Civil Veterinary Department Bihar & Orissa reports 1922-29 - 1922-1929
Year: 1922
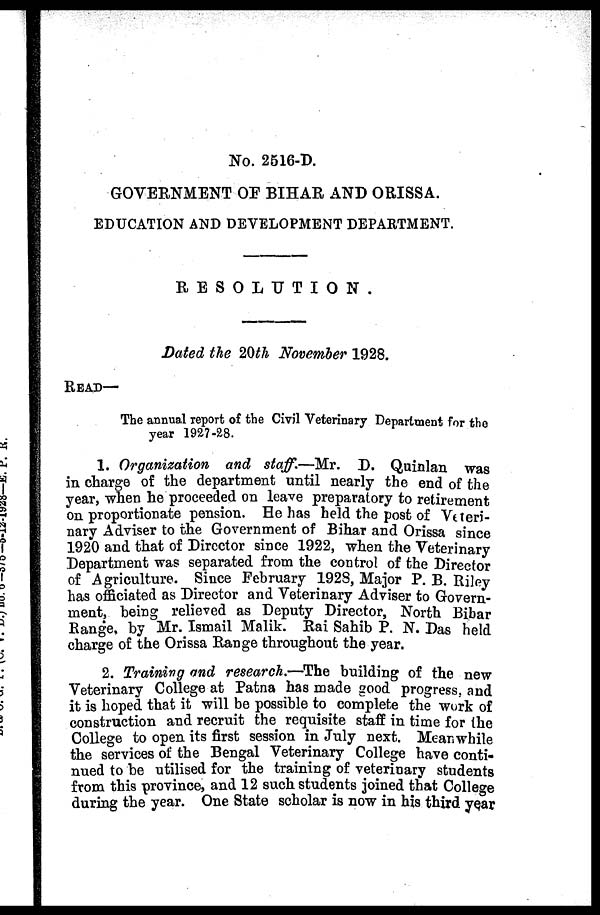
No. 2516-D.
GOVERNMENT OF BIHAR AND ORISSA.
EDUCATION AND DEVELOPMENT DEPARTMENT.
RESOLUTION.
Dated the 2th November 1928.
READ—
The annual report of the Civil Veterinary Department for the
year 1927-28.
1. Organization and staff.—Mr. D. Quinlan was
in charge of the department until nearly the end of the
year, when he proceeded on leave preparatory to retirement
on proportionate pension. He has held the post of Veteri-
nary Adviser to the Government of Bihar and Orissa since
1920 and that of Director since 1922, when the Veterinary
Department was separated from the control of the Director
of Agriculture. Since February 1928, Major P. B. Riley
has officiated as Director and Veterinary Adviser to Govern-
ment, being relieved as Deputy Director, North Bihar
Range, by Mr. Ismail Malik. Rai Sahib P. N. Das held
charge of the Orissa Range throughout the year.
2. Training and research.—The building of the new
Veterinary College at Patna has made good progress, and
it is hoped that it will be possible to complete the work of
construction and recruit the requisite staff in time for the
College to open its first session in July next. Meanwhile
the services of the Bengal Veterinary College have conti-
nued to be utilised for the training of veterinary students
from this province, and 12 such students joined that College
during the year. One State scholar is now in his third year